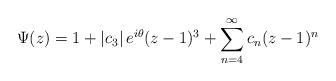
LaTeX: \begin{align*}\Psi(z)=1+\left|c_{3}\right|e^{i\theta}(z-1)^{3}+\sum_{n=4}^{\infty}c_{n}(z-1)^{n}\end{align*}